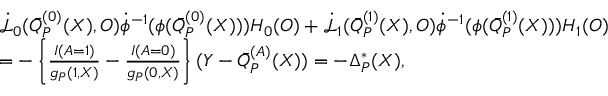
\begin{array} { r l } & { \dot { \mathcal { L } } _ { 0 } ( \bar { Q } _ { P } ^ { ( 0 ) } ( X ) , O ) \dot { \phi } ^ { - 1 } ( \phi ( \bar { Q } _ { P } ^ { ( 0 ) } ( X ) ) ) H _ { 0 } ( O ) + \dot { \mathcal { L } } _ { 1 } ( \bar { Q } _ { P } ^ { ( 1 ) } ( X ) , O ) \dot { \phi } ^ { - 1 } ( \phi ( \bar { Q } _ { P } ^ { ( 1 ) } ( X ) ) ) H _ { 1 } ( O ) } \\ & { = - \left\{ \frac { I ( A = 1 ) } { g _ { P } ( 1 , X ) } - \frac { I ( A = 0 ) } { g _ { P } ( 0 , X ) } \right\} ( Y - \bar { Q } _ { P } ^ { ( A ) } ( X ) ) = - \Delta _ { P } ^ { * } ( X ) , } \end{array}